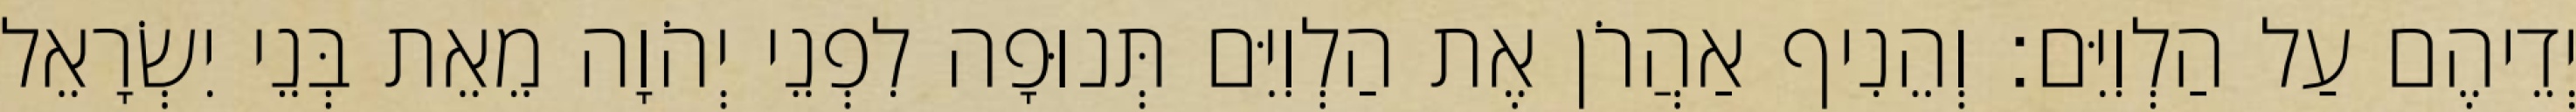
יְדֵיהֶם עַל הַלְוִיִּם׃ וְהֵנִיף אַהֲרֹן אֶת הַלְוִיִּם תְּנוּפָה לִפְנֵי יְהֹוָה מֵאֵת בְּנֵי יִשְׂרָאֵל